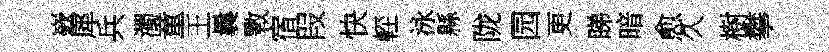
嶔犀兵濁童王曩斁宿叚快䡖泳縣陇园更睇暗愈久樹攀